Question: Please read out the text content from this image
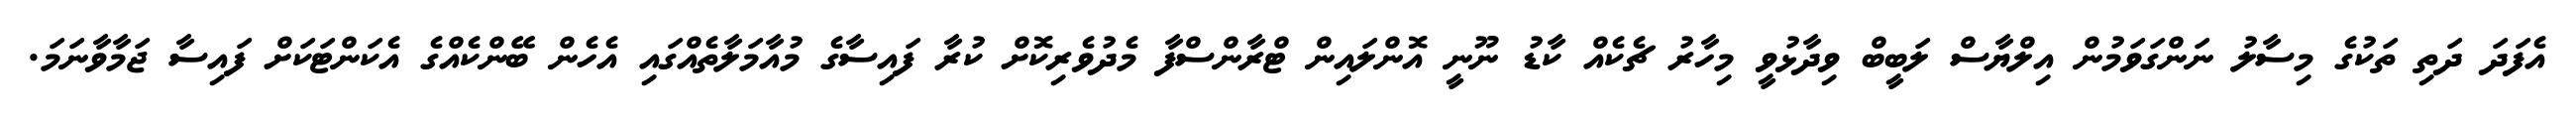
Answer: އެފަދަ ދަތި ތަކުގެ މިސާލު ނަންގަވަމުން އިލްޔާސް ލަބީބް ވިދާޅުވީ މިހާރު ޗެކެއް ކާޑު ނޫނީ އޮންލައިން ޓްރާންސްފާ މެދުވެރިކޮށް ކުރާ ފައިސާގެ މުއާމަލާތެއްގައި އެހެން ބޭންކެއްގެ އެކަންޓަކަށް ފައިސާ ޖަމާވާނަމަ.